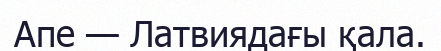
Апе — Латвиядағы қала.